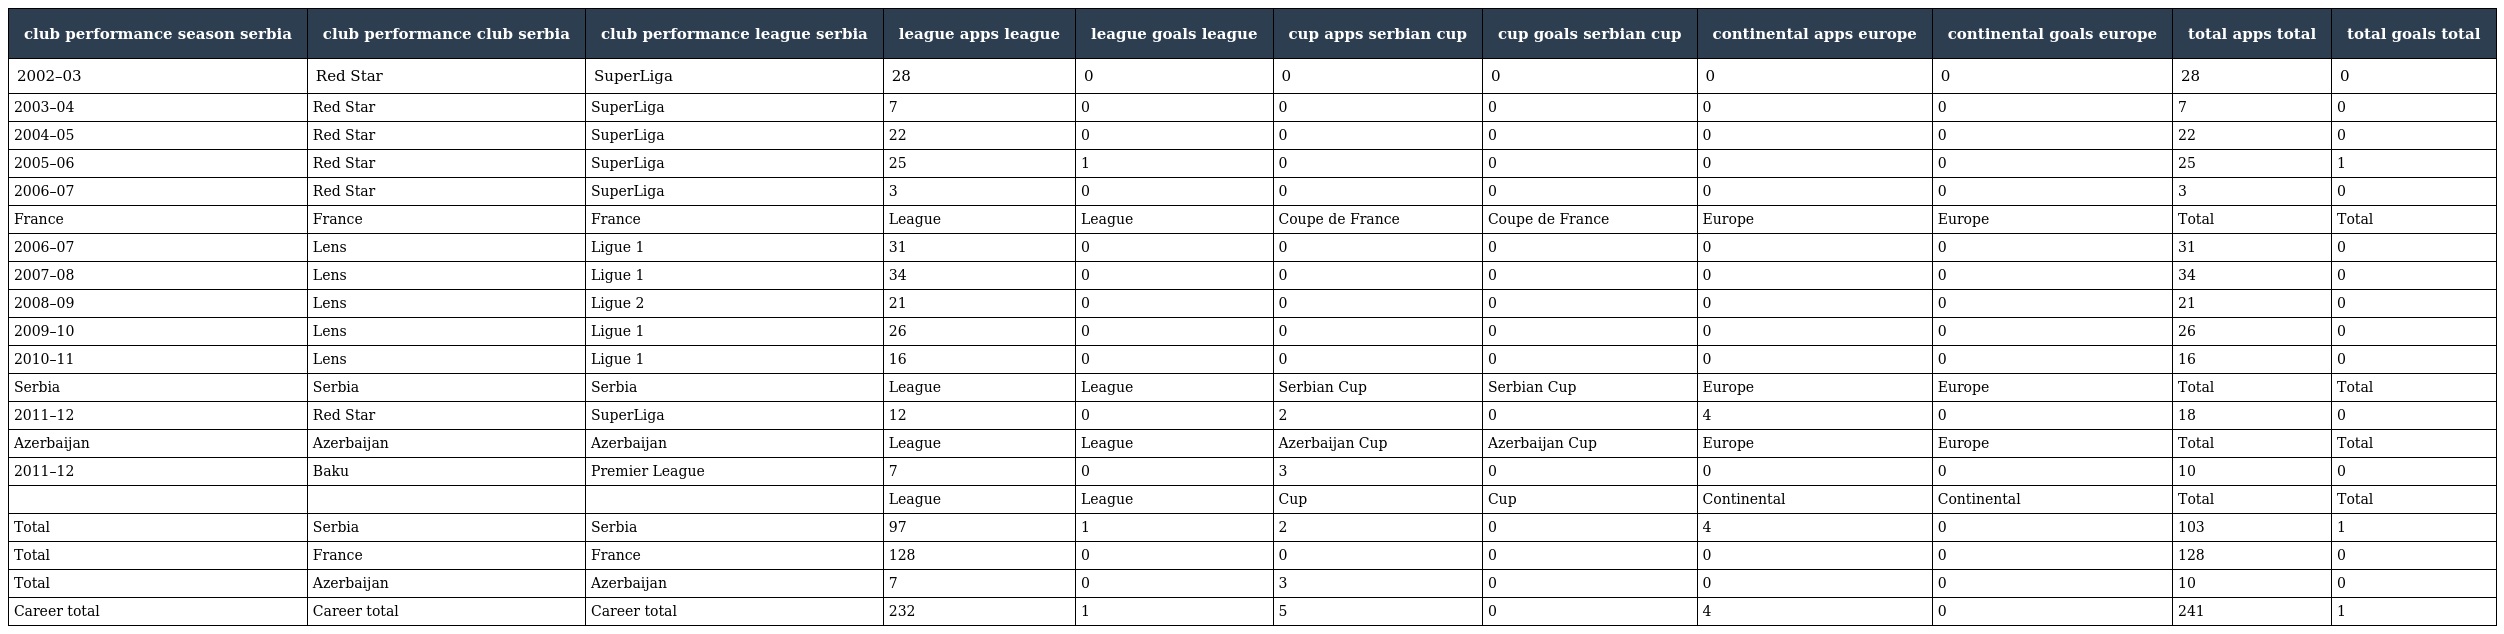
| club performance season serbia | club performance club serbia | club performance league serbia | league apps league | league goals league | cup apps serbian cup | cup goals serbian cup | continental apps europe | continental goals europe | total apps total | total goals total |
 | --- | --- | --- | --- | --- | --- | --- | --- | --- | --- | --- |
 | 2002–03 | Red Star | SuperLiga | 28 | 0 | 0 | 0 | 0 | 0 | 28 | 0 |
 | 2003–04 | Red Star | SuperLiga | 7 | 0 | 0 | 0 | 0 | 0 | 7 | 0 |
 | 2004–05 | Red Star | SuperLiga | 22 | 0 | 0 | 0 | 0 | 0 | 22 | 0 |
 | 2005–06 | Red Star | SuperLiga | 25 | 1 | 0 | 0 | 0 | 0 | 25 | 1 |
 | 2006–07 | Red Star | SuperLiga | 3 | 0 | 0 | 0 | 0 | 0 | 3 | 0 |
 | France | France | France | League | League | Coupe de France | Coupe de France | Europe | Europe | Total | Total |
 | 2006–07 | Lens | Ligue 1 | 31 | 0 | 0 | 0 | 0 | 0 | 31 | 0 |
 | 2007–08 | Lens | Ligue 1 | 34 | 0 | 0 | 0 | 0 | 0 | 34 | 0 |
 | 2008–09 | Lens | Ligue 2 | 21 | 0 | 0 | 0 | 0 | 0 | 21 | 0 |
 | 2009–10 | Lens | Ligue 1 | 26 | 0 | 0 | 0 | 0 | 0 | 26 | 0 |
 | 2010–11 | Lens | Ligue 1 | 16 | 0 | 0 | 0 | 0 | 0 | 16 | 0 |
 | Serbia | Serbia | Serbia | League | League | Serbian Cup | Serbian Cup | Europe | Europe | Total | Total |
 | 2011–12 | Red Star | SuperLiga | 12 | 0 | 2 | 0 | 4 | 0 | 18 | 0 |
 | Azerbaijan | Azerbaijan | Azerbaijan | League | League | Azerbaijan Cup | Azerbaijan Cup | Europe | Europe | Total | Total |
 | 2011–12 | Baku | Premier League | 7 | 0 | 3 | 0 | 0 | 0 | 10 | 0 |
 |  |  |  | League | League | Cup | Cup | Continental | Continental | Total | Total |
 | Total | Serbia | Serbia | 97 | 1 | 2 | 0 | 4 | 0 | 103 | 1 |
 | Total | France | France | 128 | 0 | 0 | 0 | 0 | 0 | 128 | 0 |
 | Total | Azerbaijan | Azerbaijan | 7 | 0 | 3 | 0 | 0 | 0 | 10 | 0 |
 | Career total | Career total | Career total | 232 | 1 | 5 | 0 | 4 | 0 | 241 | 1 |